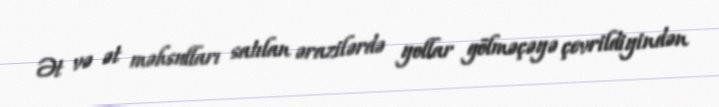
Ət və ət məhsulları satılan ərazilərdə yollar gölməçəyə çevrildiyindən